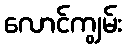
လောင်ကျွမ်း